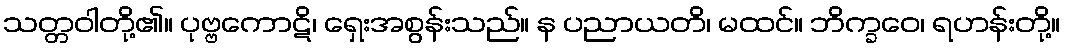
သတ္တဝါတို့၏။ ပုဗ္ဗကောဋိ၊ ရှေးအစွန်းသည်။ န ပညာယတိ၊ မထင်။ ဘိက္ခဝေ၊ ရဟန်းတို့။